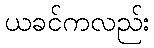
ယခင်ကလည်း